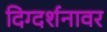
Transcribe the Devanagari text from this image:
दिग्दर्शनावर